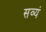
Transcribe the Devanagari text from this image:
सव्यं